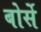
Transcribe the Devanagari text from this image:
बोर्से